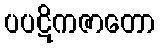
ပပဋိကဇာတော